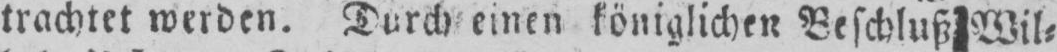
trachtet werden. Durch einen königlichen Beschluß Wil⸗